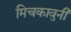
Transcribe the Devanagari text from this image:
मिचकावुनी